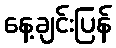
နေ့ချင်းပြန်